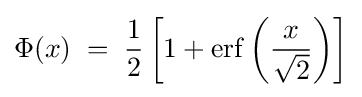
\Phi (x)\;=\;{\frac {1}{2}}\left[1+\operatorname {erf} \left({\frac {x}{\sqrt {2}}}\right)\right]